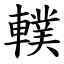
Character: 轐